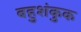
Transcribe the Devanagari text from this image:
बहुशंकुक